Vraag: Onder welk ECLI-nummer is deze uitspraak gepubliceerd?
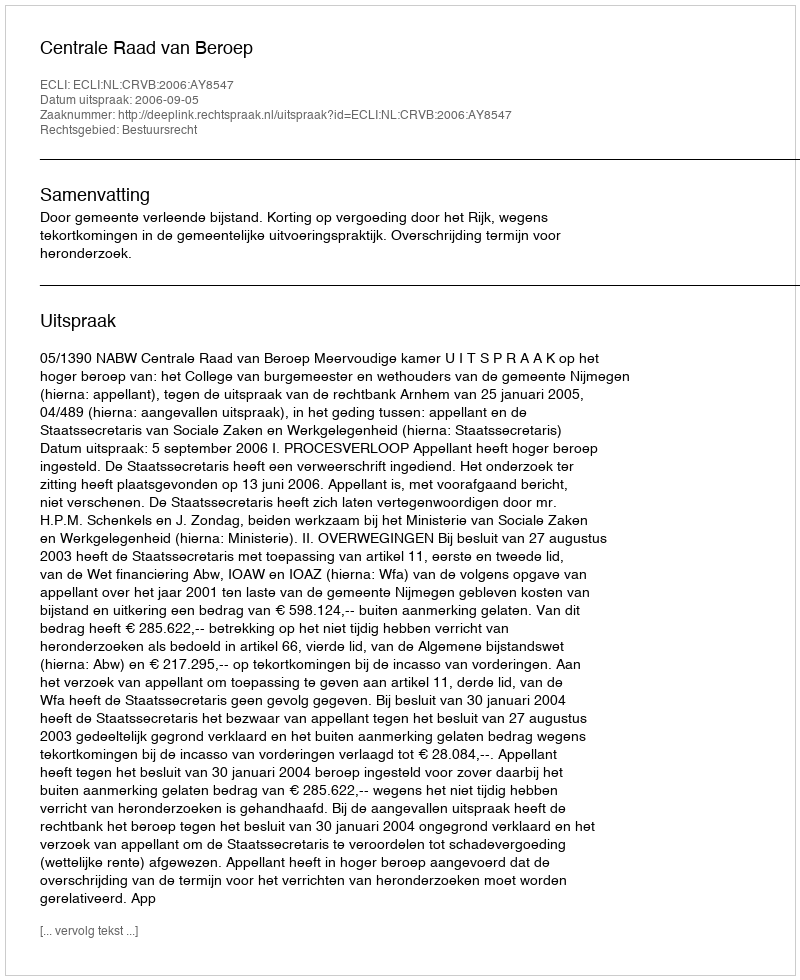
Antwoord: ECLI:NL:CRVB:2006:AY8547